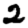
Digit: 2